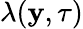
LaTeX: \lambda(\mathbf y,\tau)